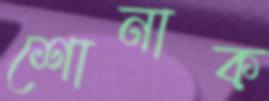
শোনাক